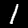
Digit: 1